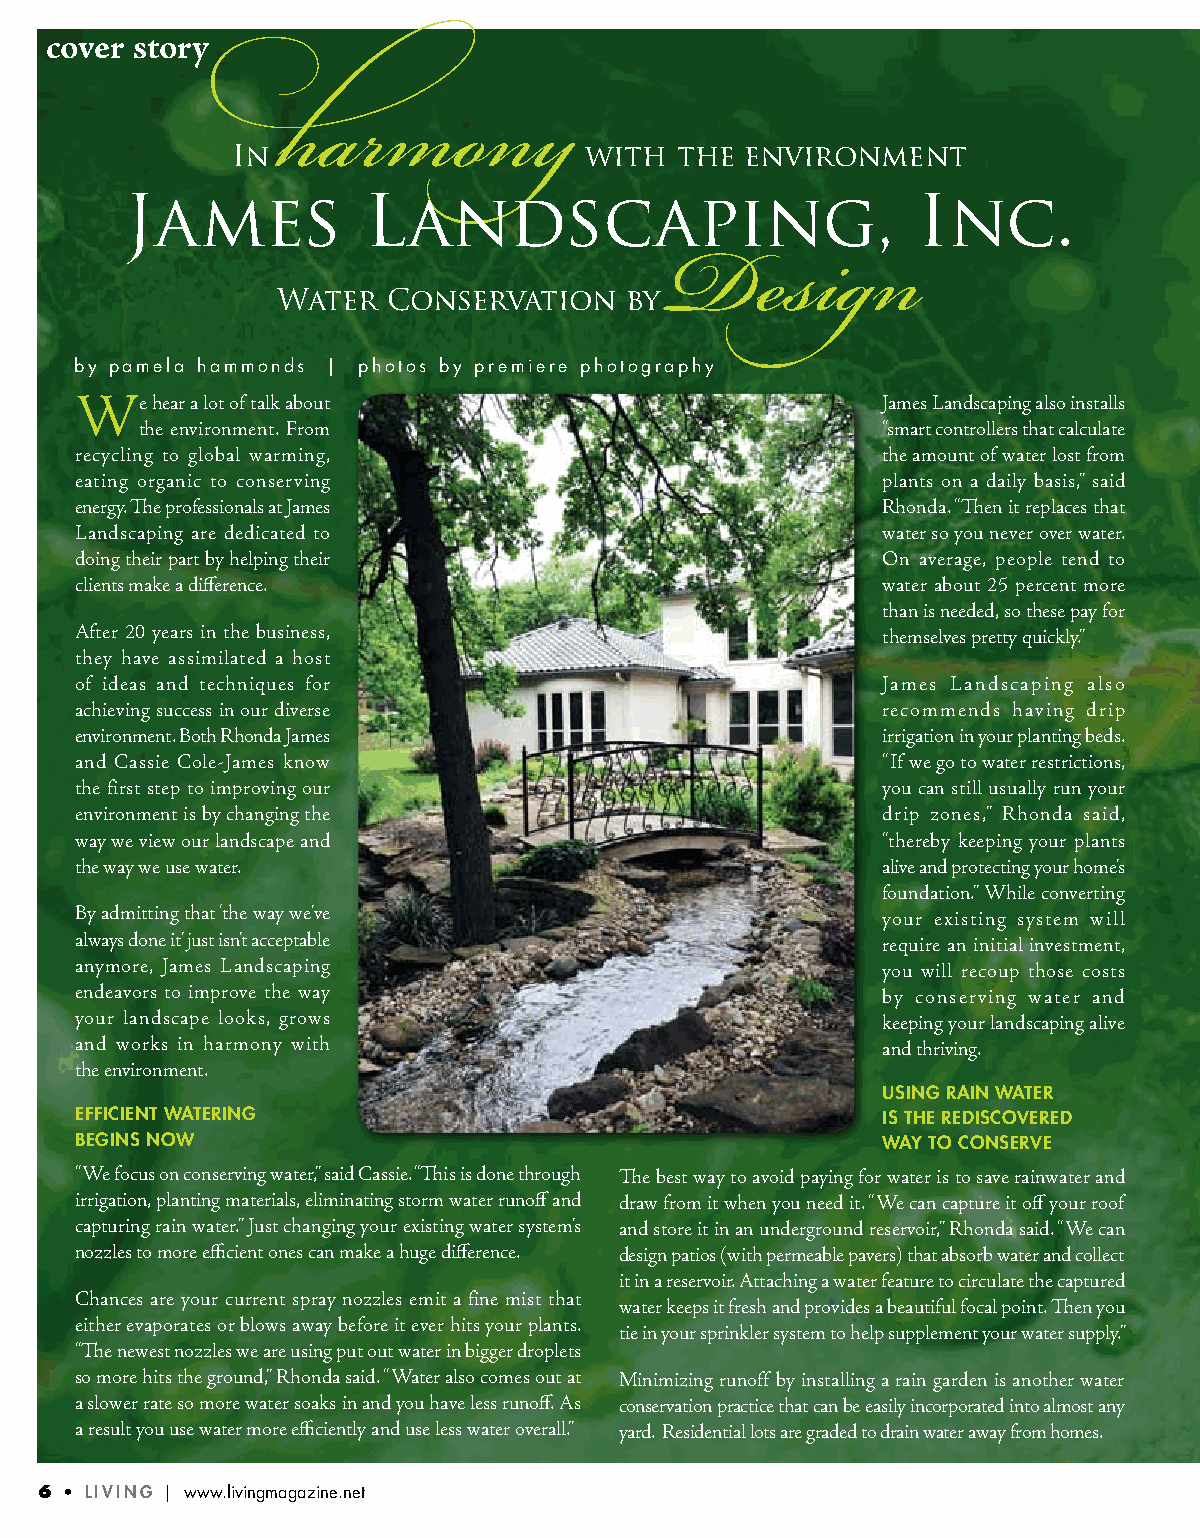
cover story
 In                      with  the environment
 harmony
 James           Landscaping,                         Inc.
 Water   Conservation   by
 Design
 by pamela hammonds | photos by premiere photography
 We   hear a lot of talk about                        James Landscaping also installs
 the environment. From                            “smart controllers that calculate
 recycling to global warming,                         the amount of water lost from
 eating organic to conserving                         plants on a daily basis,” said
 energy. The professionals at James                   Rhonda. “Then it replaces that
 Landscaping are dedicated to                         water so you never over water.
 doing their part by helping their                    On average, people tend to
 clients make a difference.                           water about 25 percent more
 than is needed, so these pay for
 After 20 years in the business,                      themselves pretty quickly.”
 they have assimilated a host
 of ideas and techniques for                          James Landscaping also
 achieving success in our diverse                     recommends having drip
 environment. Both Rhonda James                       irrigation in your planting beds.
 and Cassie Cole-James know                           “If we go to water restrictions,
 the first step to improving our                      you can still usually run your
 environment is by changing the                       drip zones,” Rhonda said,
 way we view our landscape and                        “thereby keeping your plants
 the way we use water.                                alive and protecting your home’s
 foundation.” While converting
 By admitting that ‘the way we’ve                     your existing system will
 always done it’ just isn’t acceptable                require an initial investment,
 anymore, James Landscaping                           you will recoup those costs
 endeavors to improve the way                         by conserving water and
 your landscape looks, grows                          keeping your landscaping alive
 and works in harmony with                            and thriving.
 the environment.
 UsING raIN watEr
 EffIcIENt watErING                                   Is thE rEdIscoVErEd
 bEGINs Now                                           way to coNsErVE
 “We focus on conserving water,” said Cassie. “This is done through The best way to avoid paying for water is to save rainwater and
 irrigation, planting materials, eliminating storm water runoff and draw from it when you need it. “We can capture it off your roof
 capturing rain water.” Just changing your existing water system’s and store it in an underground reservoir,” Rhonda said. “We can
 nozzles to more efficient ones can make a huge difference. design patios (with permeable pavers) that absorb water and collect
 it in a reservoir. Attaching a water feature to circulate the captured
 Chances are your current spray nozzles emit a fine mist that
 water keeps it fresh and provides a beautiful focal point. Then you
 either evaporates or blows away before it ever hits your plants.
 tie in your sprinkler system to help supplement your water supply.”
 “The newest nozzles we are using put out water in bigger droplets
 so more hits the ground,” Rhonda said. “Water also comes out at Minimizing runoff by installing a rain garden is another water
 a slower rate so more water soaks in and you have less runoff. As conservation practice that can be easily incorporated into almost any
 a result you use water more efficiently and use less water overall.” yard. Residential lots are graded to drain water away from homes.
 6 • LIVING | www.livingmagazine.net